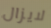
لايزال